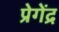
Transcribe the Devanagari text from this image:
प्रेगेंद्र